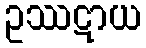
ဥဿဋာယ